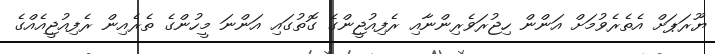
ޔޫރަޕަށް އެތެރެވުމަށް އަންން ހިޖުރަވެރިންނާއި ރެފިއުޖީންގެ ގޮތުގައި އަންނަ މީހުންގެ ތެރެއިން ރެފިއުޖީއެއްގެ